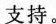
支持。